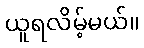
ယူရလိမ့်မယ်။